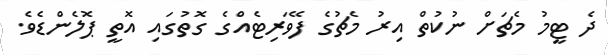
ދެ ޓީމު މެޗަށް ނުކުތް އިރު މެޗުގެ ފޭވަރިޓެއްގެ ގޮތުގައި އޮތީ ޕޮލެންޑެވެ.